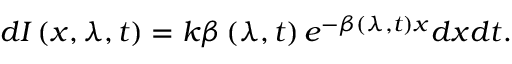
d I \left( x , \lambda , t \right) = k \beta \left( \lambda , t \right) e ^ { - \beta \left( \lambda , t \right) x } d x d t .